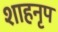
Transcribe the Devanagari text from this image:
शाहनृप